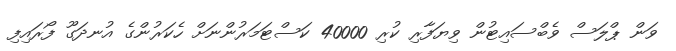
ވަން ޕްލަސް ވެބްސައިޓުން ވިޔަފާރި ކުރި 40000 ކަސްޓަމަރުންނަށް ހެކަރުންގެ އުނދަގޫ ފޯރައިފި